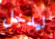
ليدخل